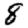
Digit: 8